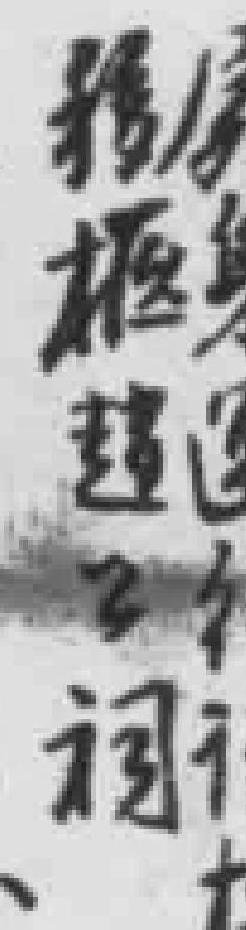
框超谢